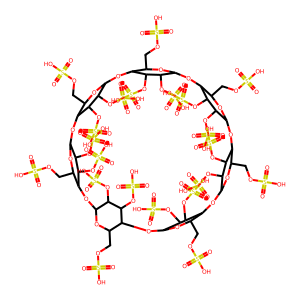
SMILES: O=S(=O)(O)OCC1OC2OC3C(COS(=O)(=O)O)OC(OC4C(COS(=O)(=O)O)OC(OC5C(COS(=O)(=O)O)OC(OC6C(COS(=O)(=O)O)OC(OC7C(COS(=O)(=O)O)OC(OC8C(COS(=O)(=O)O)OC(OC1C(OS(=O)(=O)O)C2OS(=O)(=O)O)C(OS(=O)(=O)O)C8OS(=O)(=O)O)C(OS(=O)(=O)O)C7OS(=O)(=O)O)C(OS(=O)(=O)O)C6OS(=O)(=O)O)C(OS(=O)(=O)O)C5OS(=O)(=O)O)C(OS(=O)(=O)O)C4OS(=O)(=O)O)C(OS(=O)(=O)O)C3OS(=O)(=O)O
Inhibits HIV replication: No